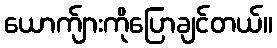
ယောက်ျားကိုပြောချင်တယ်။